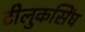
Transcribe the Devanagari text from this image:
टीलुकसिंघ